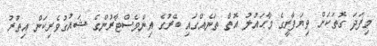
މިފަދަ ގޮތަކަށް ވިޔަފާރީގެ މާޙައުލު އޮތް ތަނެއްގައި ބޭރުގެ އިންވެސްޓާރުންގެ ޝައުގުވެރިކަން އިތުރު